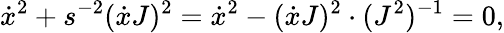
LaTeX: \dot{x}^{2}+s^{-2}(\dot{x}J)^{2}=\dot{x}^{2}-(\dot{x}J)^{2}\cdot(J^{2})^{-1}=0,